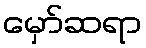
မှော်ဆရာ